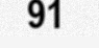
91